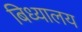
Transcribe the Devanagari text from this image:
बिध्यालय